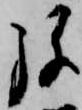
弥